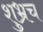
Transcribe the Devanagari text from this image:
शुभ्रच